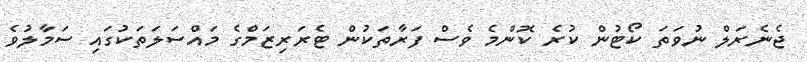
ޖެނެރަލް ނުވަތަ ކޯޓުން ކުރެ ކޮންމެ ވެސް ފަރާތަކުން ޓެރަރިޒަމްގެ މައްސަލަތަކުގައި ސަމާލުވެ